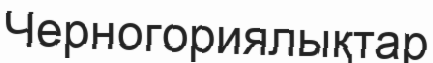
Черногориялықтар